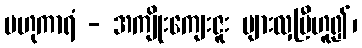
ဗဟုကာရံ - အကျိုးကျေးဇူး များလှပြီဟူ၍၊